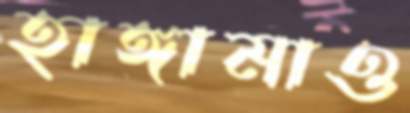
হাঙ্গামাও